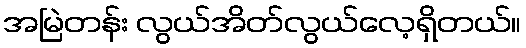
အမြဲတန်း လွယ်အိတ်လွယ်လေ့ရှိတယ်။